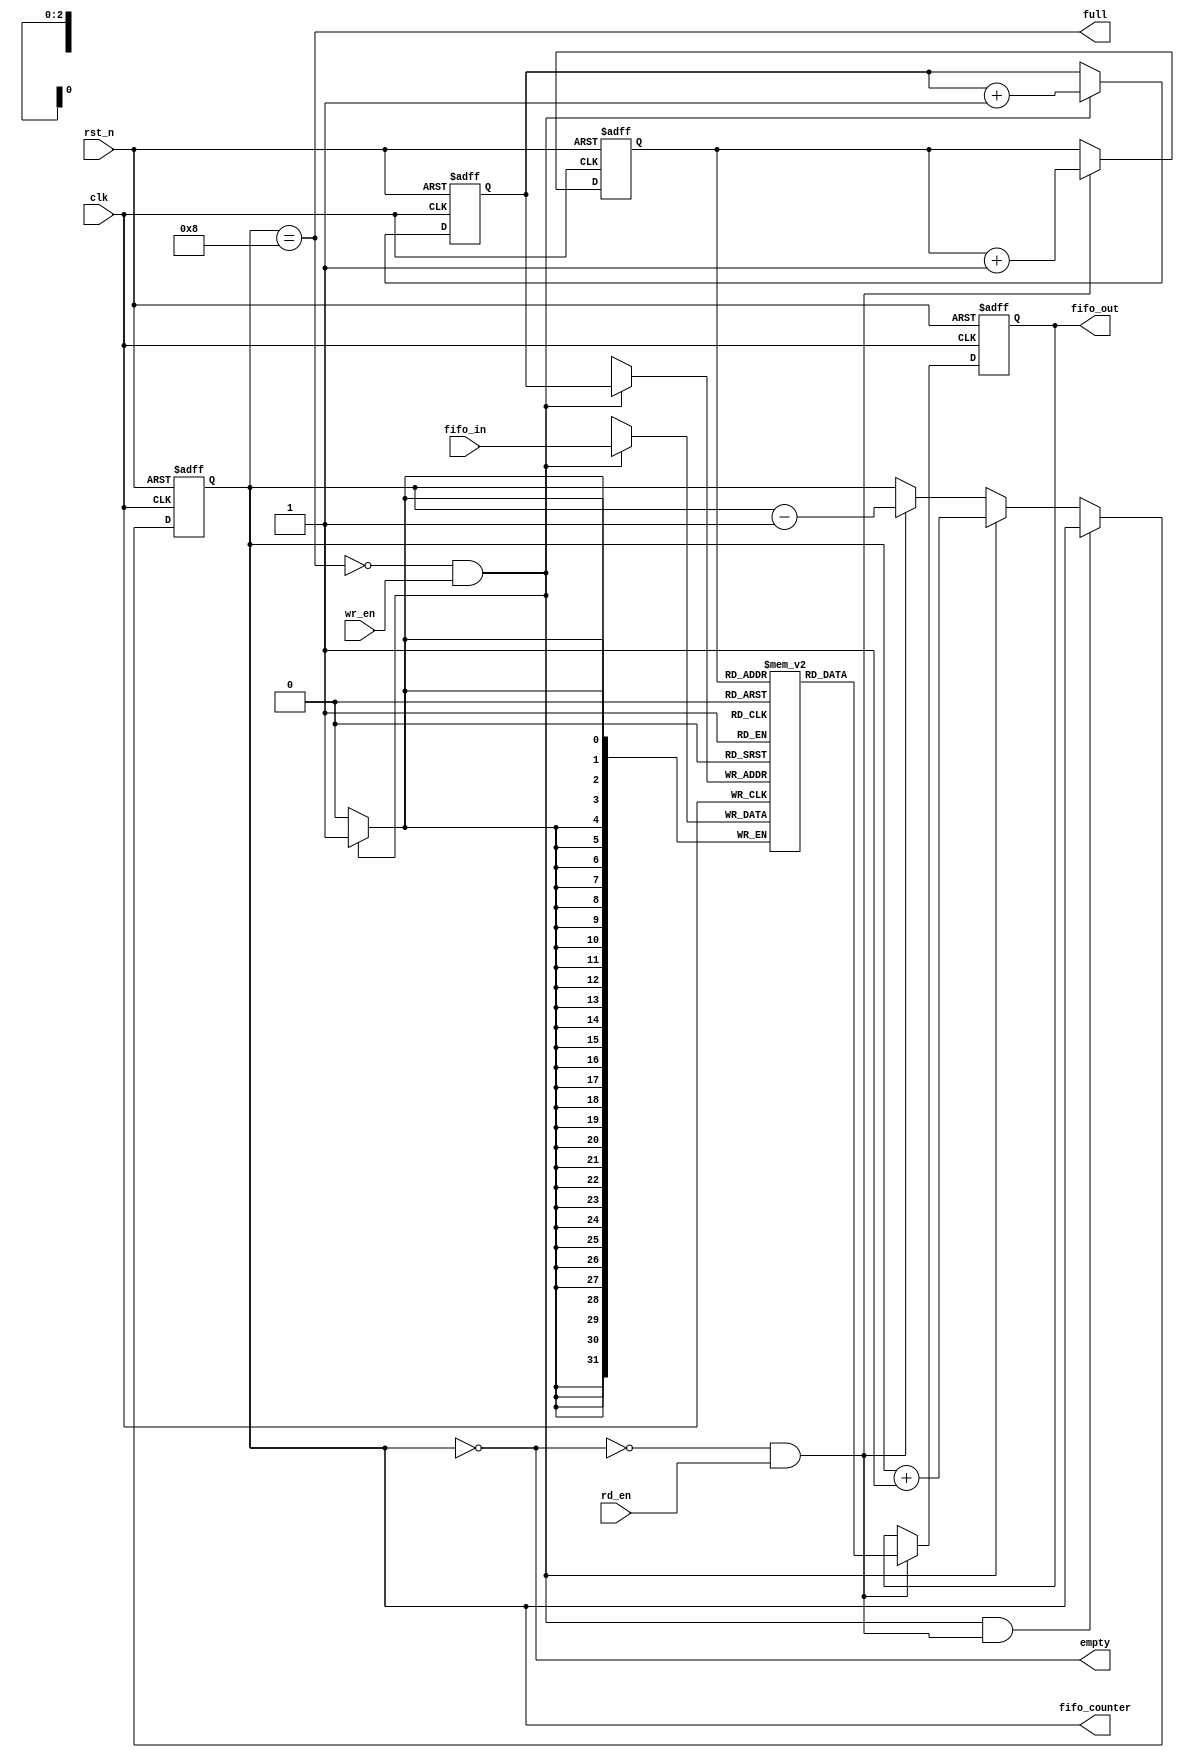
`timescale 1ns / 1ps
module fifoSynch #(parameter NUM_BITS=32, DEPTH=8)
    (
        input rst_n,
        input clk,
        input rd_en,
        input wr_en,
        input [(NUM_BITS-1):0] fifo_in,
        output reg [(NUM_BITS-1):0] fifo_out,
        output empty,
        output full,
        output reg [(clog2(DEPTH)):0] fifo_counter // Able to count more than depth
    );
    
    // Read and write fifo pointers (We put -2, because on the case of DEPTH=8
    // clog2(DEPTH) = 3, then 1:0, 2 bits, we count from 0 to 3
    reg [(clog2(DEPTH)-1):0] rd_ptr, wr_ptr;
    
    // Declare the fifo memory (RAM that allow read and write at the same time)
    // reg [7:0] fifo_mem[3:0], create an array of 4 elements of 8 bits
    reg[(NUM_BITS-1):0] fifo_mem[(DEPTH-1):0];
    
    // Combinational part that calculate the empty/full flags
    assign empty = (fifo_counter==0);
    assign full = (fifo_counter==DEPTH);
    
    // Sequential circuit that will handle the fifo_counter, which is used to 
    // detect if the fifo is empty or full.
    always @(posedge clk or negedge rst_n)
    begin
        if (~rst_n)
            fifo_counter <= 0;
        else if( (!full && wr_en) && ( !empty && rd_en ) ) 
            fifo_counter <= fifo_counter;     // If read and write don't change counter          
        else if (!full && wr_en)  
            fifo_counter <= fifo_counter + 1; // Only write increment            
        else if (!empty && rd_en)  
            fifo_counter <= fifo_counter - 1; // Only read decrement                                          
    end
    
    // Sequential circuit to handle reading on the fifo
    always @( posedge clk or negedge rst_n)
    begin
        if( ~rst_n )
            fifo_out <= 0;
        else
            begin
              // Give some data if not empty and we want to read
              if ( !empty && rd_en )
                begin
                    fifo_out <= fifo_mem[rd_ptr];
                    // synthesis translate_off                    
                    $display("Popping value: %d at %t",fifo_mem[rd_ptr],$time);                    
                    // synthesis translate_on
                end                    
                                 
                                                       
            end
    end
    
    // Sequential circuit to handle writing to the fifo
    always @(posedge clk)
    begin    
       if (!full && wr_en)
        begin
            fifo_mem[ wr_ptr ] <= fifo_in;
            // synthesis translate_off                    
            $display("Pushing value: %d at %t",fifo_in,$time);                    
            // synthesis translate_on
        end                            
    end
    
    // Sequential circut to handle the read/write pointers
    always@(posedge clk or negedge rst_n)
    begin
        if( ~rst_n )
        begin
            // In the beginning the pointers are the same
            wr_ptr <= 0;
            rd_ptr <= 0;
        end
        else
        begin
            // We're not full and someone want to write, so we increment the write pointer
            if( !full && wr_en )
                wr_ptr <= wr_ptr + 1;              
            
            // We're not empty and someone want to read, so we decrement the read pointer
            if( !empty && rd_en )
                rd_ptr <= rd_ptr + 1;          
        end    
    end    
    
    /* 
        Calculate the ceil of log2, this is used to know the number of bits needed to
        map a certain depth (need to be power 2). This function will be called on 
        compilation-time
    */         
    function integer clog2;
    input integer depth;
        begin
            depth = depth - 1;
            for(clog2=0; depth>0; clog2=clog2+1)
                depth = depth >> 1;
        end
    endfunction
endmodule